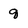
Character: q